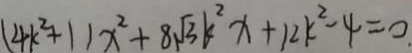
( 4 k ^ { 2 } + 1 ) x ^ { 2 } + 8 \sqrt { 3 } k ^ { 2 } x + 1 2 k ^ { 2 } - 4 = 0 .